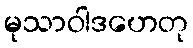
မုသာဝါဒဟေတု